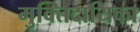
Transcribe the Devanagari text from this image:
मुक्तिदायिका